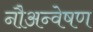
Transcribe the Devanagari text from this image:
नौअन्वेषण